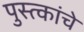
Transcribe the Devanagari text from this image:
पुस्त्कांचे